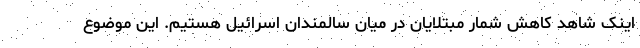
اینک شاهد کاهش شمار مبتلایان در میان سالمندان اسرائیل هستیم. این موضوع